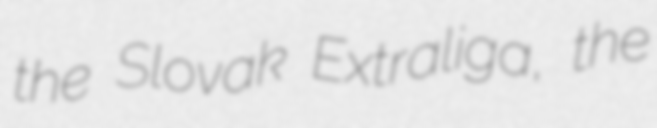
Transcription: the Slovak Extraliga, the